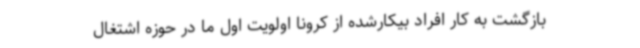
بازگشت به کار افراد بیکارشده از کرونا اولویت اول ما در حوزه اشتغال